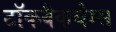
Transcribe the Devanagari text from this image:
टॉकबैकथेम्स